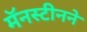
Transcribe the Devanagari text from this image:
मॅनस्टीनने